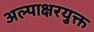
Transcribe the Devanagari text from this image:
अल्पाक्षरयुक्त